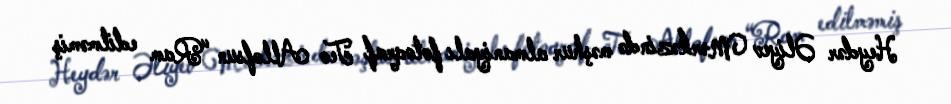
Heydər Əliyev Mərkəzində məşhur almaniyalı fotoqraf Teo Allofsun “Ram edilməmiş